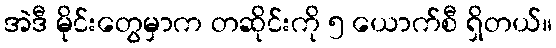
အဲဒီ မိုင်းတွေမှာက တဆိုင်းကို ၅ ယောက်စီ ရှိတယ်။